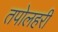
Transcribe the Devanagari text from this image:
तपोलहरी